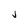
Character: j